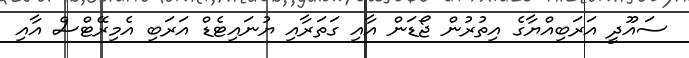
ސައޫދީ އަރަބިއްޔާގެ އިތުރުން ޖޯޑަން އާއި ގަތަރާއި ޔުނައިޓެޑް އަރަބި އެމިރޭޓްސް އާއި